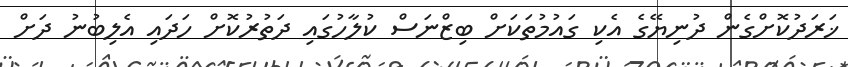
ޚަރަދުކޮށްގެން ދުނިޔޭގެ އެކި ގައުމުތަކަށް ބިޒްނަސް ކުލާހުގައި ދަތުރުކޮށް ހަދައި އެލިބުނު ދަށް